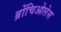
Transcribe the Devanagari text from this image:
ब्रोंचिओलेस